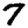
Digit: 7